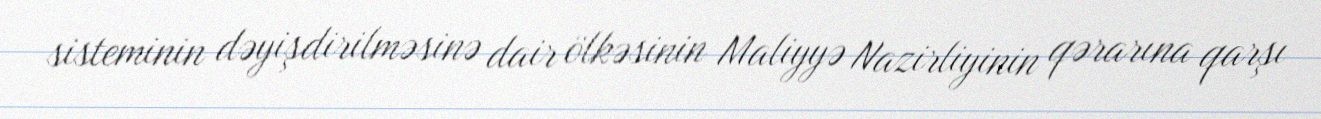
sisteminin dəyişdirilməsinə dair ölkəsinin Maliyyə Nazirliyinin qərarına qarşı